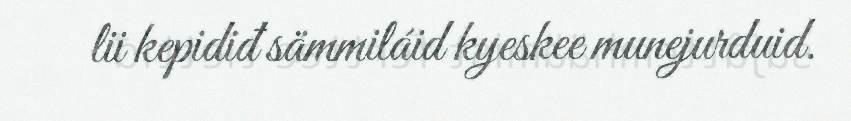
lii kepidiđ sämmiláid kyeskee munejurduid.